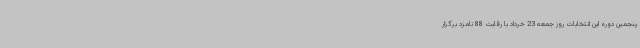
پنجمین دوره این انتخابات روز جمعه 23 خرداد با رقابت 88 نامزد برگزار